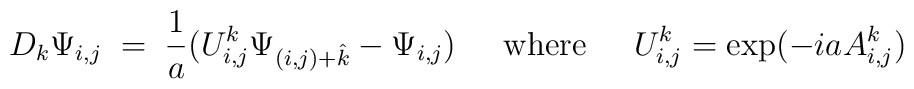
D_k\Psi_{i,j} \;=\; {1\over a}(U^k_{i,j} \Psi_{(i,j)+\hat{k}} - \Psi_{i,j})\hskip .6cm {\rm where}  \hskip .6cm  U^k_{i,j} = {\rm exp}(-i a A^k_{i,j})